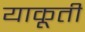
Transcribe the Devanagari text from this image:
याकूती